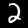
Label: 2